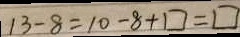
1 3 - 8 = 1 0 - 8 + \square = \square